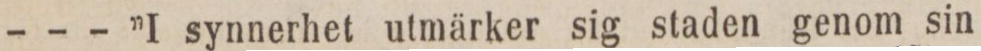
- - - ”I synnerhet utmärker sig staden genom sin